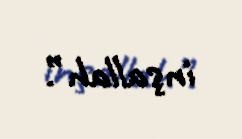
inşallah”.